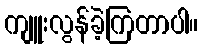
ကျူးလွန်ခဲ့ကြတာပါ။